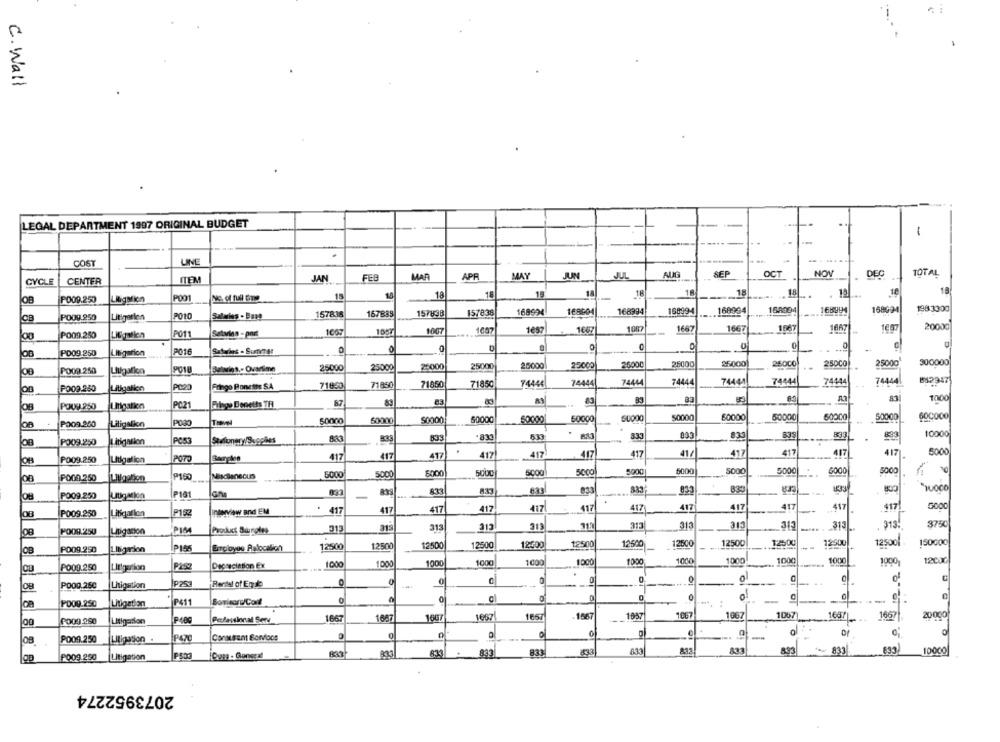
C. Wall
LEGAL DEPARTMENT 1997 ORIGINAL BUDGET
.
-
---..
COST
UNE
APF
MAY
SEP
OCT
NOV
DEC
TOTAL
CYCLE
CENTER
ITEM
JAN
FEB
12
18
POOT
No. of full time
15
15
18
18
15
18
18
18
18
18
...
OB
PO09.250
Litigation
157638
168994
168994
168994
168994
168994
166994
168994
1983300
CB
PO09.250
Litigation
PO10
Salaries - Base
157838
167838
157838
20000
P011
Setarlas - port
1007
1007
1007
1057
1647
1007
1667
1667
1887
00
PO09.250
.
5
...
PD09.250
Litigation
PO16
25000
25000
26000
26000
85000)
26000
250CO
25000
300000
00
PO09.250
Litigafica
9018
Elviwies ,- Ovartime
25000
25000
25000
25000
PO20
Frigo Ponette SA
71650
71850
71850
71850
74444
74444
74444
74444
74441
74444
74444
74444
512347
OB
Litigation
83
B3
83
1000
08
POUR 250
Umgation
PC21
Filipe Denetts TH
8.7
50000
60000
50000
60000
50000
69C000
OB
POOR.260
Liligalion
50000
60000
60000
50000
533
83
.833
533
.
333
033
83
839
10000
P009.250
Litigation
PO53
Stationery/Supplies
.
417
41/
417
417
417
417
5000
OB
PO09.250
Litigalion
417
417
417
417
417
417
5000
5000
5000
5000
5000
5000
5000
5000
5000
5000
6000
5000
POOR.250
P150
833
833
1433
PO09.250
Utigation
P181
833
83
P009.250
P152
interview and EM
417
417
417
417
417
417
417
417
417
417
417
5000
Lisgation
315
315
313
112
313
313
313
313
913:
3750
OB
PO09.250
Litigacon
PIM
Product Sungles
013
12500
12500
12500
125001
150000
PO09.290
Liligarion
PISK
Employee Relocation
12500
12500
12500
12500
12500
12500
12600
12600
---
1000
1000
1000
1000
1000
1000
1000
1000
1000
1000
1000
1000
12000
PO00.250
Litigation
P250
0
0
P00g.250
Lhigation
IP252
Rentel of Egulb
PO09 250
P411
ca
Litigation
1667
1667
1667
1957
1087
1067
1067
1687
1667
20000
PO09.290
Litigation
P400
1667
1667
1607
PO09.250
Litigation .
-
832
833
633
833
893
* 833
833
10000
PO09.250
Litigation
2073952274